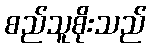
စည်သူစိုးသည်